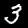
Label: 3